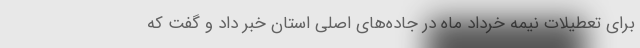
برای تعطیلات نیمه خرداد ماه در جاده‌های اصلی استان خبر داد و گفت که